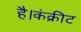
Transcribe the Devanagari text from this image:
है।कंक्रीट